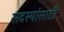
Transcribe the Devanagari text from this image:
सदस्यांसाठी